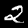
Label: 2